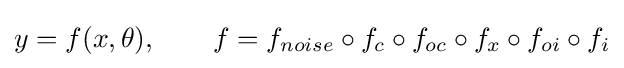
y=f(x,\theta ),\qquad f=f_{noise}\circ f_{c}\circ f_{oc}\circ f_{x}\circ f_{oi}\circ f_{i}